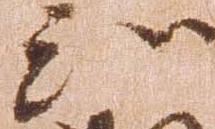
知